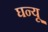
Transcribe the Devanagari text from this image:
घन्यू